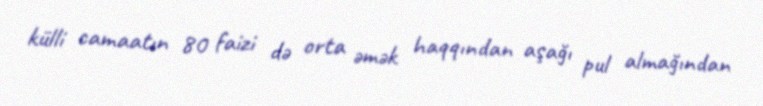
külli camaatın 80 faizi də orta əmək haqqından aşağı pul almağından